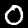
Label: 0